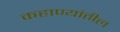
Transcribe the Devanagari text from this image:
कहाण्यांतील